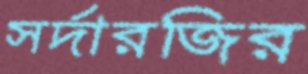
সর্দারজির